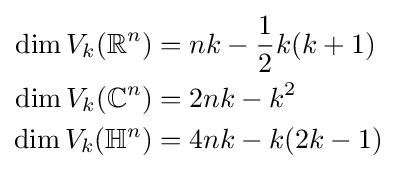
{\begin{aligned}\dim V_{k}(\mathbb {R} ^{n})&=nk-{\frac {1}{2}}k(k+1)\\\dim V_{k}(\mathbb {C} ^{n})&=2nk-k^{2}\\\dim V_{k}(\mathbb {H} ^{n})&=4nk-k(2k-1)\end{aligned}}